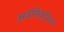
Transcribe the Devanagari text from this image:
अवंतिवर्द्धन